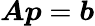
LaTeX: {\boldsymbol{A}}{\boldsymbol{p}}={\boldsymbol{b}}